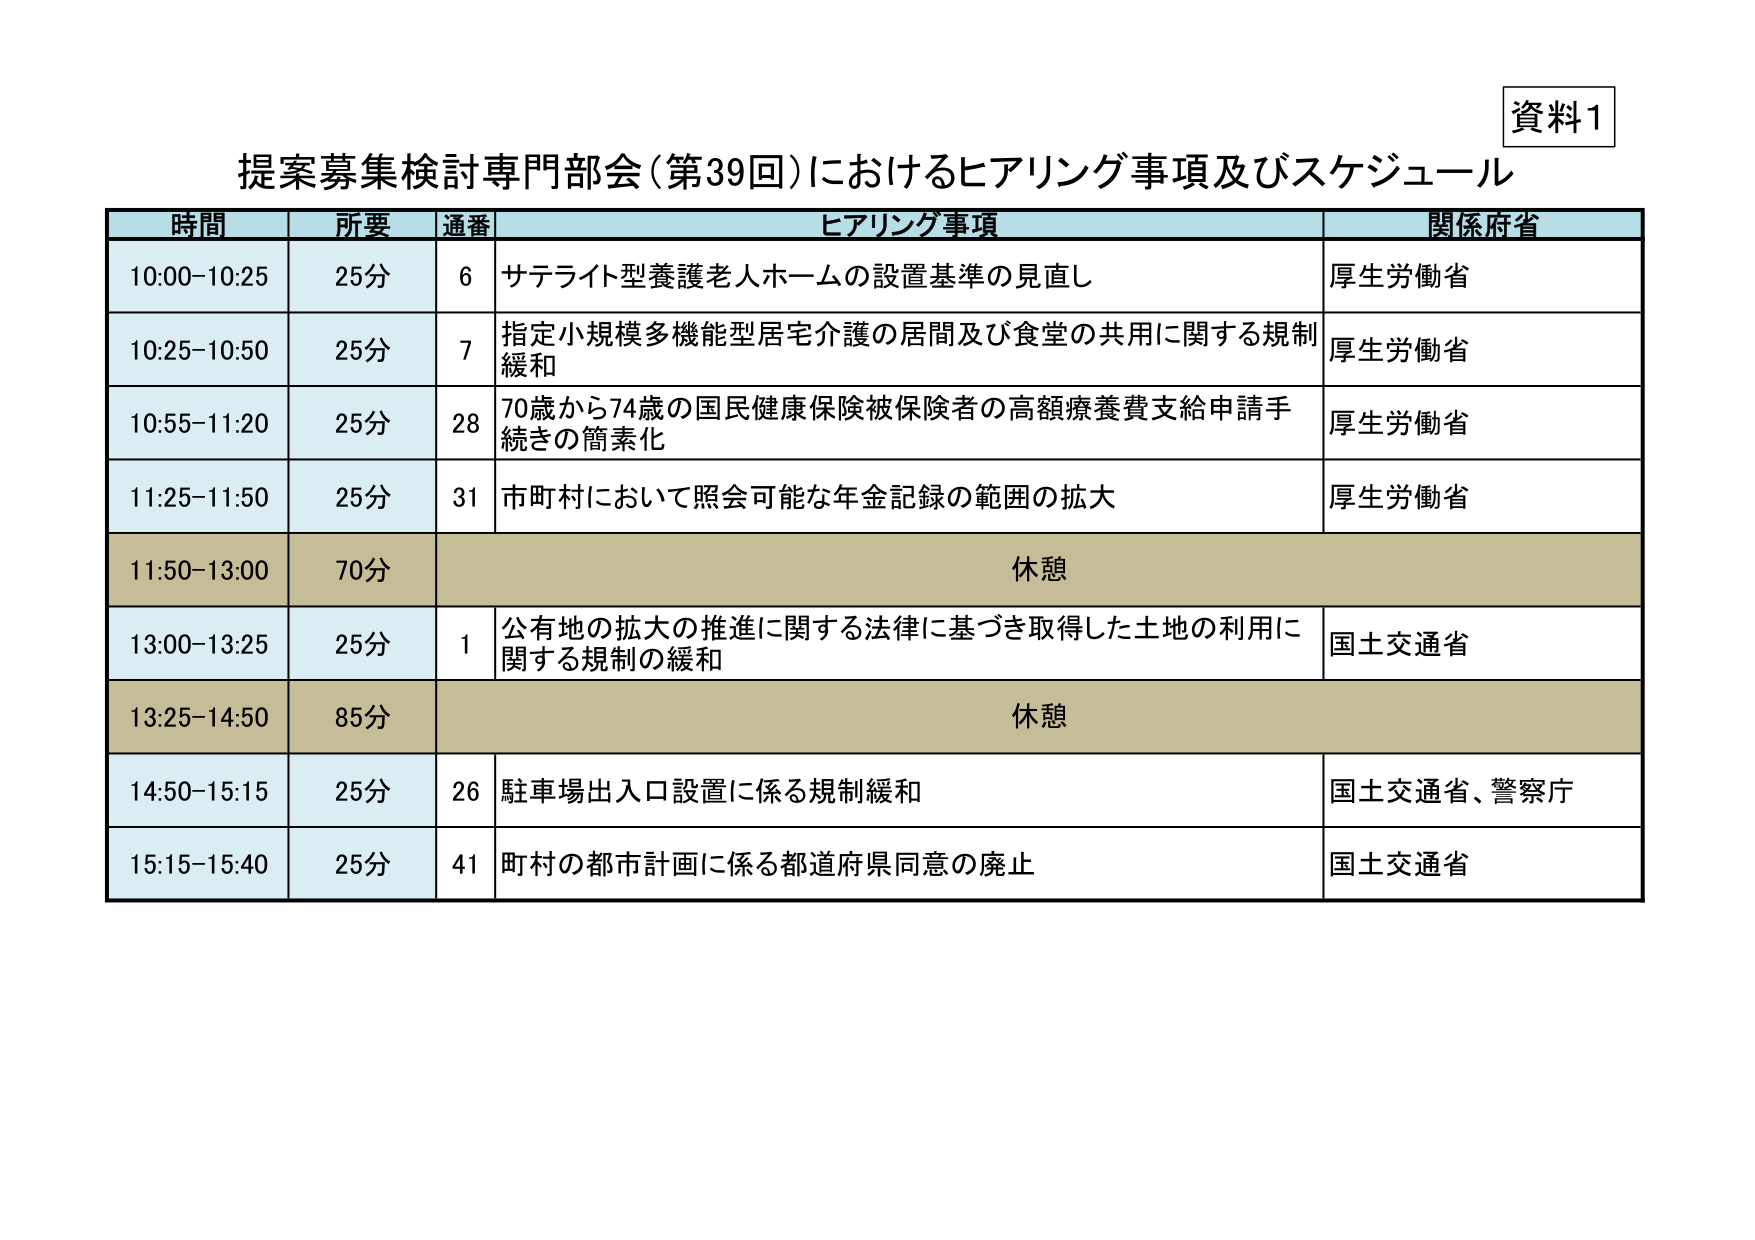
資料1
提案募集検討専門部会（第39回）におけるヒアリング事項及びスケジュール

時間　　所要　　通番　　ヒアリング事項　　　　　　　　　　　　　　　　　　関係府省
10:00-10:25　25分　　6　　サテライト型養護老人ホームの設置基準の見直し　　　　厚生労働省
10:25-10:50　25分　　7　　指定小規模多機能型居宅介護の居間及び食堂の共用に関する規制緩和　　　　厚生労働省
10:55-11:20　25分　　28　　70歳から74歳の国民健康保険被保険者の高額療養費支給申請手続きの簡素化　　　　厚生労働省
11:25-11:50　25分　　31　　市町村において照会可能な年金記録の範囲の拡大　　　　厚生労働省
11:50-13:00　70分　　　　　　休憩
13:00-13:25　25分　　1　　公有地の拡大の推進に関する法律に基づき取得した土地の利用に関する規制の緩和　　　　国土交通省
13:25-14:50　85分　　　　　　休憩
14:50-15:15　25分　　26　　駐車場出入口設置に係る規制緩和　　　　国土交通省、警察庁
15:15-15:40　25分　　41　　町村の都市計画に係る都道府県同意の廃止　　　　国土交通省